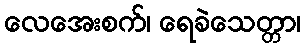
လေအေးစက်၊ ရေခဲသေတ္တာ၊